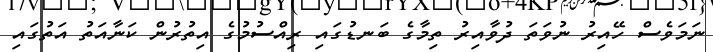
ނަމަވެސް ހޭއިރު ނުވަތަ ދުވާއިރު ތިމާގެ ބަނޑުގައި ރިއްސުމުގެ އިތުރުން ކަނާއަތު އަތުގައި